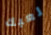
لعبك